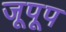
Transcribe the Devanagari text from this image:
जूपूप